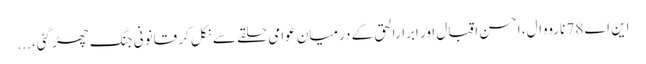
این اے 78 نارووال، احسن اقبال اور ابرارالحق کے درمیان عوامی حلقے سے نکل کر قانونی جنگ چھڑ گئی، ...